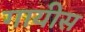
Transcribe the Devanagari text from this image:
गायीस